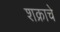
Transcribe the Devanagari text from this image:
शक्राचे